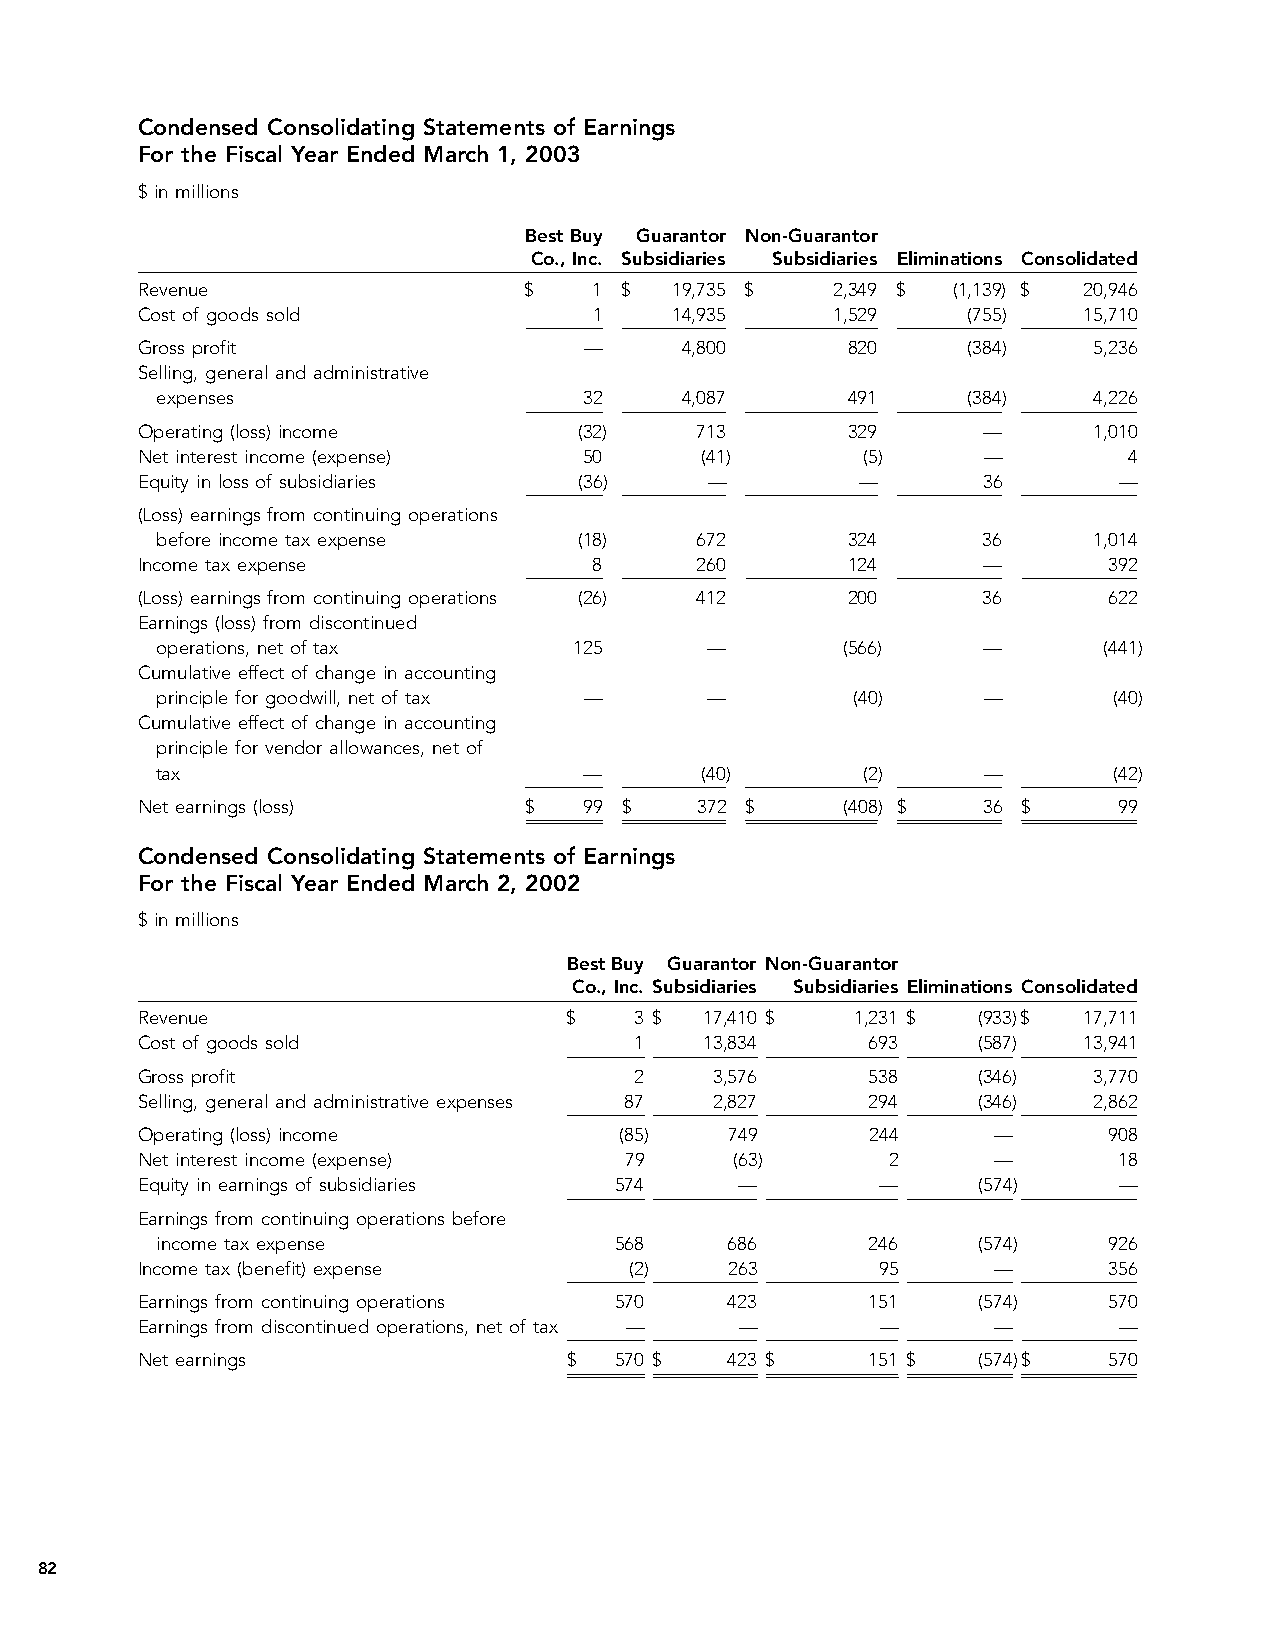
Condensed Consolidating Statements of Earnings
 For the Fiscal Year Ended March 1, 2003
 $ in millions
 Best Buy Guarantor Non-Guarantor
 Co., Inc. Subsidiaries Subsidiaries Eliminations Consolidated
 Revenue                   $   1 $   19,735 $  2,349 $ (1,139) $ 20,946
 Cost of goods sold            1     14,935    1,529    (755)   15,710
 Gross profit                  —     4,800      820     (384)   5,236
 Selling, general and administrative
 expenses                     32    4,087      491     (384)   4,226
 Operating (loss) income      (32)    713       329      —      1,010
 Net interest income (expense) 50     (41)       (5)     —         4
 Equity in loss of subsidiaries (36)   —         —       36       —
 (Loss) earnings from continuing operations
 before income tax expense   (18)    672       324      36     1,014
 Income tax expense            8      260       124      —       392
 (Loss) earnings from continuing operations (26) 412 200 36      622
 Earnings (loss) from discontinued
 operations, net of tax      125      —        (566)    —       (441)
 Cumulative effect of change in accounting
 principle for goodwill, net of tax — —         (40)    —        (40)
 Cumulative effect of change in accounting
 principle for vendor allowances, net of
 tax                          —      (40)       (2)     —        (42)
 Net earnings (loss)       $   99 $   372 $     (408) $  36 $     99
 Condensed Consolidating Statements of Earnings
 For the Fiscal Year Ended March 2, 2002
 $ in millions
 Best Buy Guarantor Non-Guarantor
 Co., Inc. Subsidiaries Subsidiaries Eliminations Consolidated
 Revenue                      $   3 $  17,410 $  1,231 $ (933)$ 17,711
 Cost of goods sold               1    13,834     693    (587)  13,941
 Gross profit                     2    3,576      538    (346)  3,770
 Selling, general and administrative expenses 87 2,827 294 (346) 2,862
 Operating (loss) income         (85)   749       244     —      908
 Net interest income (expense)   79      (63)      2      —       18
 Equity in earnings of subsidiaries 574  —        —      (574)    —
 Earnings from continuing operations before
 income tax expense             568    686       246    (574)   926
 Income tax (benefit) expense     (2)   263       95      —      356
 Earnings from continuing operations 570 423      151    (574)   570
 Earnings from discontinued operations, net of tax — — —  —       —
 Net earnings                 $  570 $  423 $     151 $  (574)$  570
 82